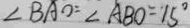
\angle B A O = \angle A B O = 1 5 ^ { \circ }